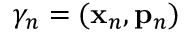
\gamma _ { n } = ( \mathbf { x } _ { n } , \mathbf { p } _ { n } )